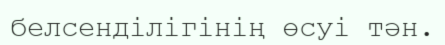
белсенділігінің өсуі тән.